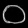
Digit: ၀